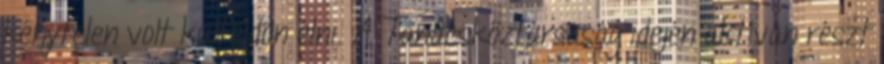
kénytelen volt külföldön élni. A Tanácsköztársaság idején aktívan részt